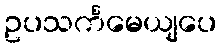
ဥပသင်္ကမေယျပေ